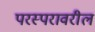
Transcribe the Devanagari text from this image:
परस्परावरील